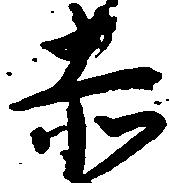
赤